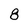
Character: 8